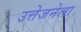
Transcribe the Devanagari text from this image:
उत्तेजनेला